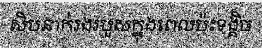
សិបនាក់រងរបួសក្នុងពេលប៉ះទង្គិច